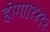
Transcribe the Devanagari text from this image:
होगा।१४९२